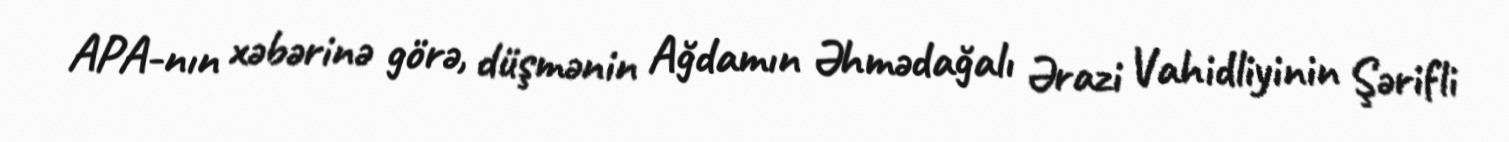
APA-nın xəbərinə görə, düşmənin Ağdamın Əhmədağalı Ərazi Vahidliyinin Şərifli